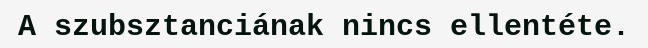
A szubsztanciának nincs ellentéte.